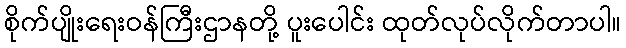
စိုက်ပျိုးရေးဝန်ကြီးဌာနတို့ ပူးပေါင်း ထုတ်လုပ်လိုက်တာပါ။